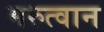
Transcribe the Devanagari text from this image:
मरुत्वान